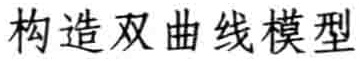
构造双曲线模型